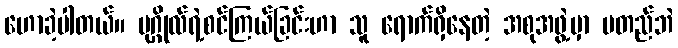
ဟောခဲ့ပါတယ်။ ပုဂ္ဂိုလ်ရဲ့စင်ကြယ်ခြင်းဟာ သူ ရောက်ရှိနေတဲ့ အစုအဖွဲ့မှာ မတည်ဘဲ